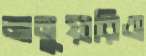
জানুয়ারিও